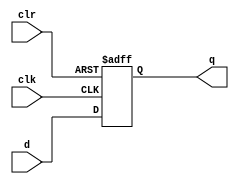
module adff
    ( input [3:0] d, input clk, clr, output reg [3:0] q );
    initial begin
      q = 4'b0000;
    end
	always @( posedge clk, posedge clr )
		if ( clr )
			q <= 4'b0110;
		else
            q <= d;
endmodule

module top (
input clk,
input clr,
input pre,
input [3:0] a,
output [3:0] b
);

adff u_adff (
        .clk (~clk ),
        .clr (~clr),
        .d (~a ),
        .q (b )
    );

endmodule